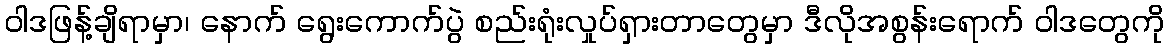
ဝါဒဖြန့်ချိရာမှာ၊ နောက် ရွေးကောက်ပွဲ စည်းရုံးလှုပ်ရှားတာတွေမှာ ဒီလိုအစွန်းရောက် ဝါဒတွေကို